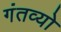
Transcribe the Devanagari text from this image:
गंतव्यो